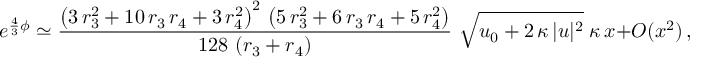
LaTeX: e ^ { \frac 4 3 \phi } \simeq \frac { \left( 3 \, r _ { 3 } ^ { 2 } + 1 0 \, r _ { 3 } \, r _ { 4 } + 3 \, r _ { 4 } ^ { 2 } \right) ^ { 2 } \, \left( 5 \, r _ { 3 } ^ { 2 } + 6 \, r _ { 3 } \, r _ { 4 } + 5 \, r _ { 4 } ^ { 2 } \right) } { 1 2 8 \, \left( r _ { 3 } + r _ { 4 } \right) } \, \, \sqrt { u _ { 0 } + 2 \, \kappa \, | u | ^ { 2 } } \; \kappa \, x + O ( x ^ { 2 } ) \, ,